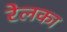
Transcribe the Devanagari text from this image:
रेलका